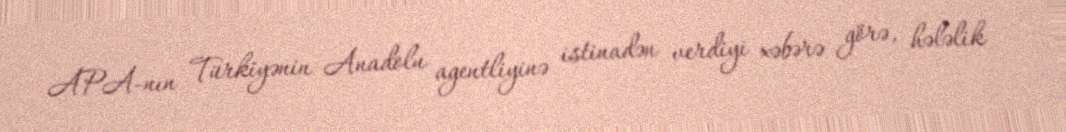
APA-nın Türkiyənin Anadolu agentliyinə istinadən verdiyi xəbərə görə, hələlik